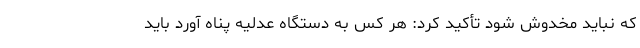
که نباید مخدوش شود تأکید کرد: هر کس به دستگاه عدلیه پناه آورد باید